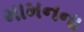
મામનના